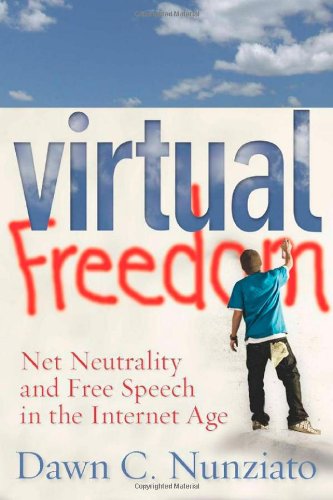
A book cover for Virtual Freedom: Net Neutrality and Free Speech in the Internet Age (Stanford Law Books); Dawn Nunziato; Computers & Technology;